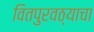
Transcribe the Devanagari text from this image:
वितपुरवठ्याचा